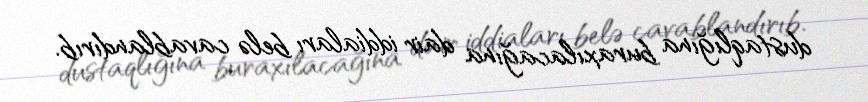
dustaqlığına buraxılacağına dair iddiaları belə cavablandırıb.